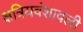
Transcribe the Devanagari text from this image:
क्षत्रियवंशावली